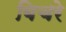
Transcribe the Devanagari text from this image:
बिचरे